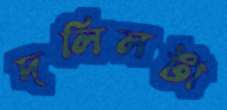
দলিলটা